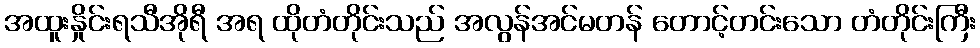
အထူးနှိုင်းရသီအိုရီ အရ ထိုတံတိုင်းသည် အလွန်အင်မတန် တောင့်တင်းသော တံတိုင်းကြီး